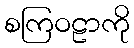
စကြဝဠာကို